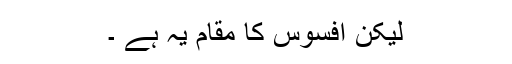
لیکن افسوس کا مقام یہ ہے ۔